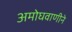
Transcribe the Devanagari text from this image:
अमोघवाणीने